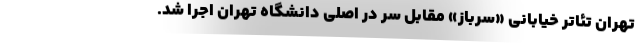
تهران تئاتر خیابانی «سرباز» مقابل سر در اصلی دانشگاه تهران اجرا شد.